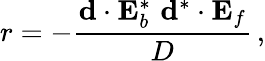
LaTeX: r=-\frac{\mathbf{d}\cdot\mathbf{E}_{b}^{*}\, \, \mathbf{d}^{*}\cdot\mathbf{E}_{f}}{D}\, ,